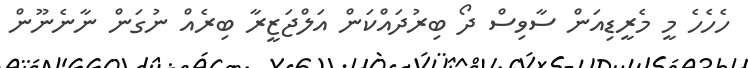
ހެހެހެ މީ މެރީޑިއަން ސާވިސް ދޯ ބިރުދައްކަން އަލްޖަޒީރާ ބިރެއް ނުގަން ނާނެނޫން